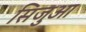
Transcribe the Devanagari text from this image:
सिजुआ